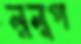
লুলুপ